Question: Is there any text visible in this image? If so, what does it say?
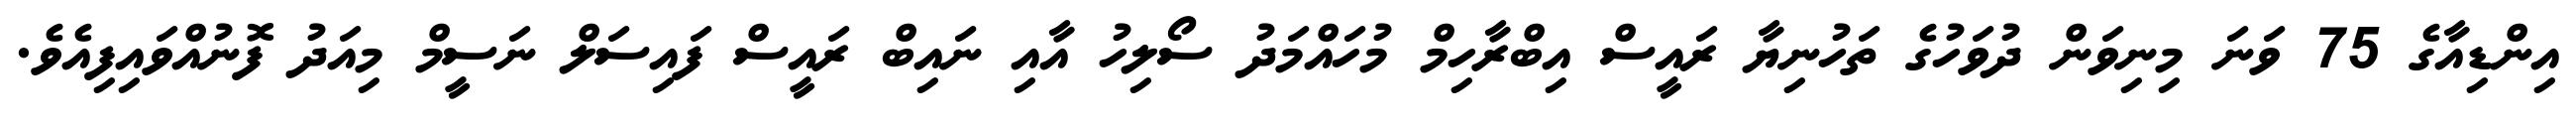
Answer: އިންޑިއާގެ 75 ވަނަ މިނިވަން ދުވަހުގެ ތަހުނިޔާ ރައީސް އިބްރާހިމް މުހައްމަދު ސޯލިހު އާއި ނައިބް ރައީސް ފައިސަލް ނަސީމް މިއަދު ފޮނުއްވައިފިއެވެ.